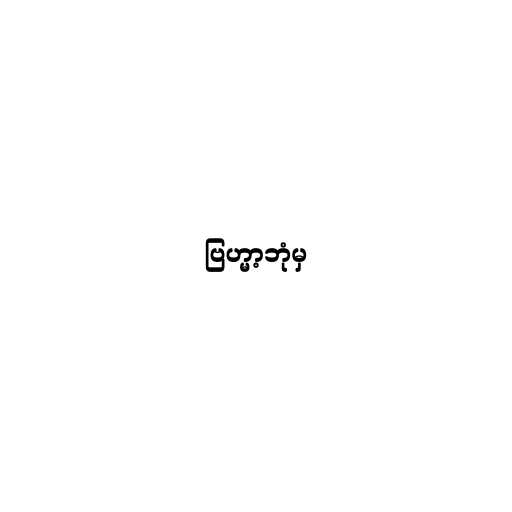
ဗြဟ္မာ့ဘုံမှ